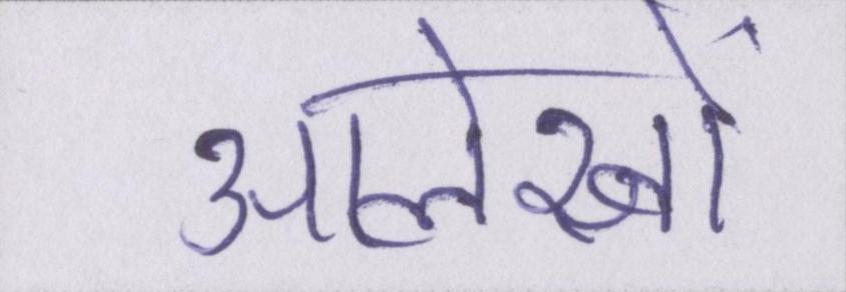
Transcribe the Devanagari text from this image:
आलेखों